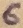
Text: 6